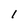
Character: 1